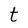
Character: t